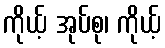
ကိုယ့် အုပ်စု၊ ကိုယ့်